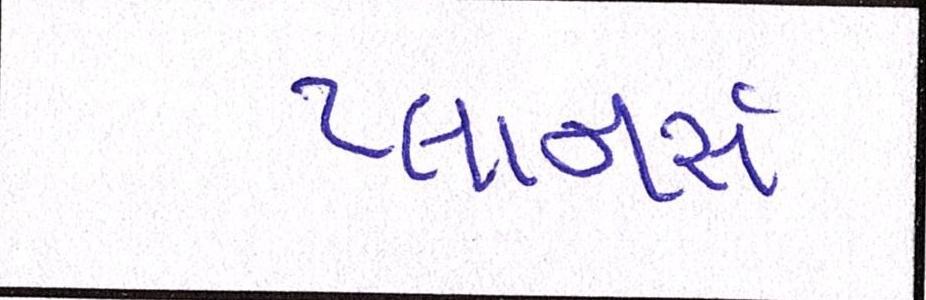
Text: પ્લાનર્સ